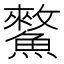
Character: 𩻯